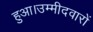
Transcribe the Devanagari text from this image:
हुआ।उम्मीदवारों